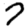
Digit: 7